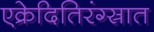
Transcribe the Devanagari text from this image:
एक्रेदितिरंग्स्रात